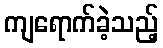
ကျရောက်ခဲ့သည့်